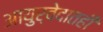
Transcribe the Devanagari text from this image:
आयुर्वेदातही